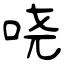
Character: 哓